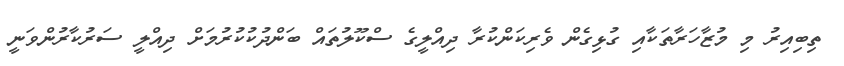
ތިބިއިރު މި މުޒާހަރާތަކާއި ގުޅިގެން ވެރިކަންކުރާ ދިއްލީގެ ސްކޫލުތައް ބަންދުކުކުރުމަށް ދިއްލީ ސަރުކާރުންވަނީ